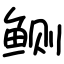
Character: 鲗